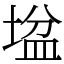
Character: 𡎛